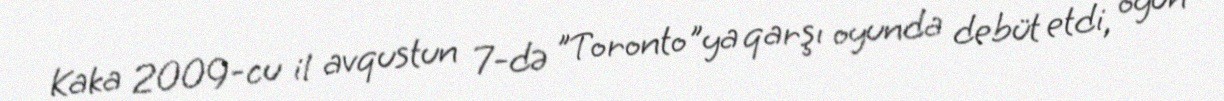
Kaka 2009-cu il avqustun 7-də "Toronto"ya qarşı oyunda debüt etdi, oyun